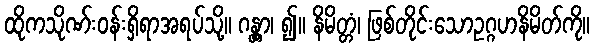
ထိုကသိုဏ်းဝန်းရှိရာအရပ်သို့။ ဂန္တွာ၊ ၍။ နိမိတ္တံ၊ ဖြစ်တိုင်းသောဥဂ္ဂဟနိမိတ်ကို။